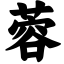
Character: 蓉